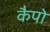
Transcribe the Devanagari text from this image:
कैपो